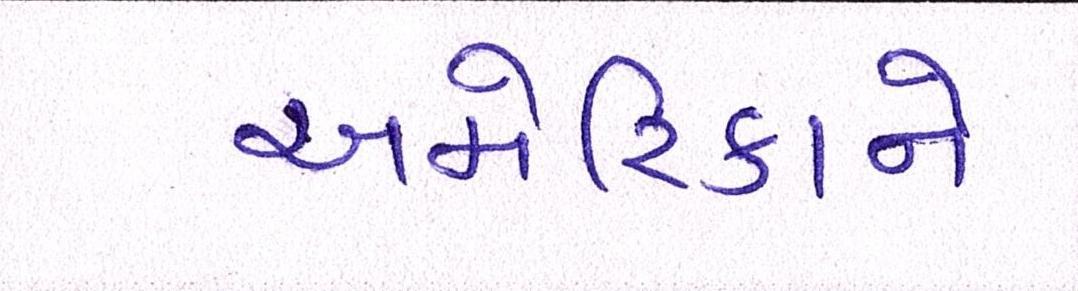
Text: અમેરિકાને